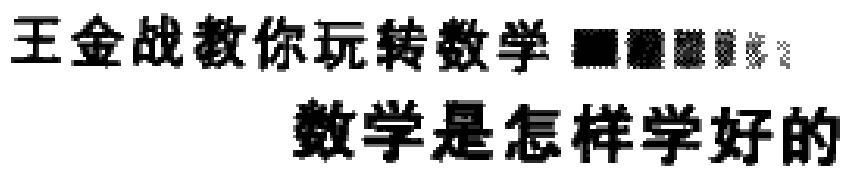
王金战教你玩转数学 数学是怎样学好的